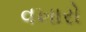
વખારો